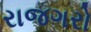
રાજગરો